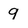
Character: 9